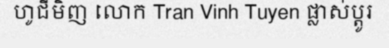
ហូជីមិញ លោក Tran Vinh Tuyen ផ្លាស់ប្តូរ